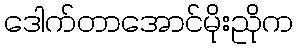
ဒေါက်တာအောင်မိုးညိုက